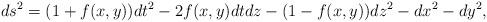
LaTeX: \begin{align*}ds^2 = (1+f(x,y))dt^2 - 2 f(x, y) dt dz - (1-f(x, y)) dz^2 - dx^2 - dy^2,\end{align*}